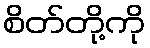
စိတ်တို့ကို